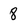
Character: 8